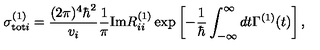
\sigma _ { \mathrm { t o t } i } ^ { ( 1 ) } = \frac { ( 2 \pi ) ^ { 4 } \hbar ^ { 2 } } { v _ { i } } \frac { 1 } { \pi } \mathrm { I m } R _ { i i } ^ { ( 1 ) } \exp \left[ - \frac { 1 } { \hbar } \int _ { - \infty } ^ { \infty } d t \Gamma ^ { ( 1 ) } ( t ) \right] ,